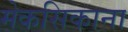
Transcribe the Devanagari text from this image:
मेकसिकाना